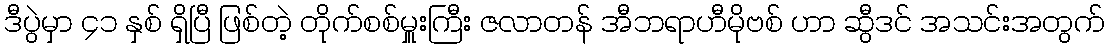
ဒီပွဲမှာ ၄၁ နှစ် ရှိပြီ ဖြစ်တဲ့ တိုက်စစ်မှူးကြီး ဇလာတန် အီဘရာဟီမိုဗစ် ဟာ ဆွီဒင် အသင်းအတွက်